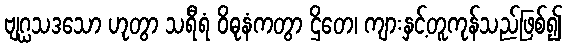
ဗျဂ္ဃသဒသော ဟုတွာ သရီရံ ဝိဓုနံကတွာ ဌိတေ၊ ကျားနှင့်တူကုန်သည်ဖြစ်၍